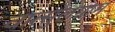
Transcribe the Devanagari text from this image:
वात्सुलग्राम